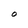
Character: O